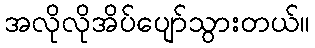
အလိုလိုအိပ်ပျော်သွားတယ်။